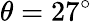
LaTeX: \theta=27^{\circ}